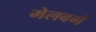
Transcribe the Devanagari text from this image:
मेलबर्ग